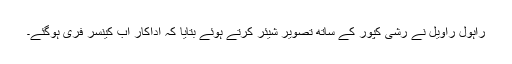
راہول راویل نے رشی کپور کے ساتھ تصویر شیئر کرتے ہوئے بتایا کہ اداکار اب کینسر فری ہوگئے۔